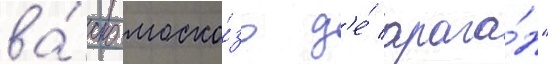
ва́ско моско́зо д'е́ арага́н"